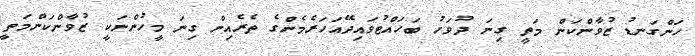
ހަންގަނޑު ޒުވާންކަން މަތީ ގިނަ ދުވަހު ބަހައްޓުވައިދޭއަހަރެމެންގެ ތެރެއިން ގިނަ މީހުންނަކީ ޒުވާންކަންމަތީ